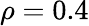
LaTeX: \rho=0.4